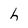
Character: h